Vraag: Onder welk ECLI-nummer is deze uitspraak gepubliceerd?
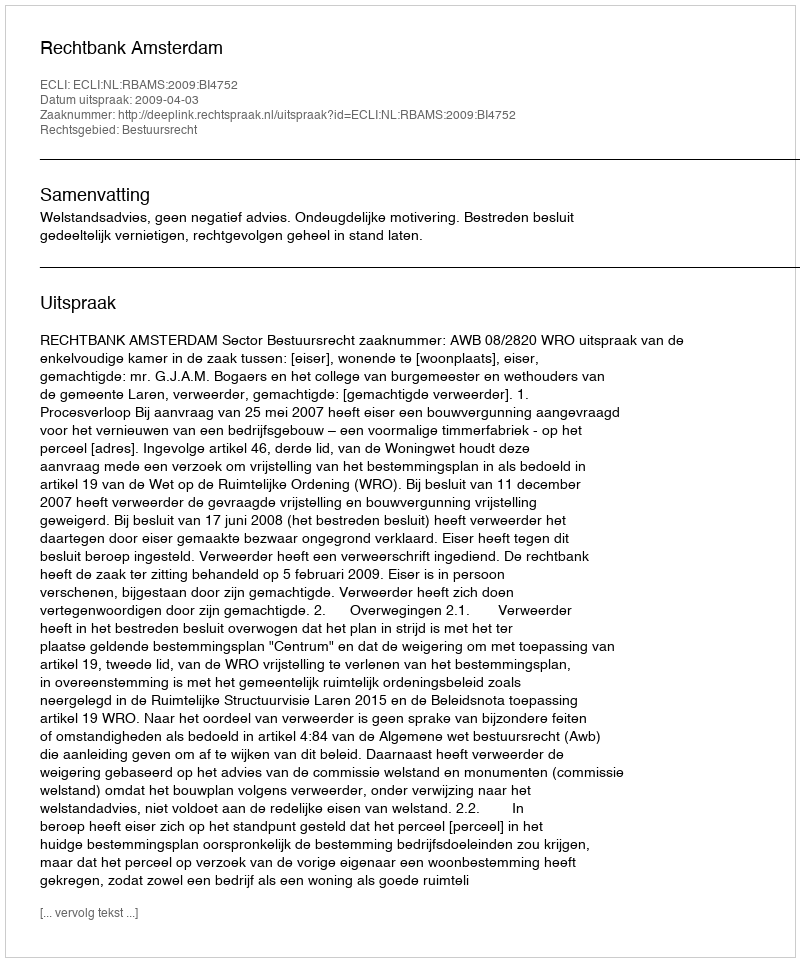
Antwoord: ECLI:NL:RBAMS:2009:BI4752